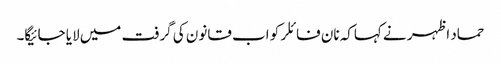
حماد اظہر نے کہاکہ نان فائلر کو اب قانون کی گرفت میں لایا جائیگا۔